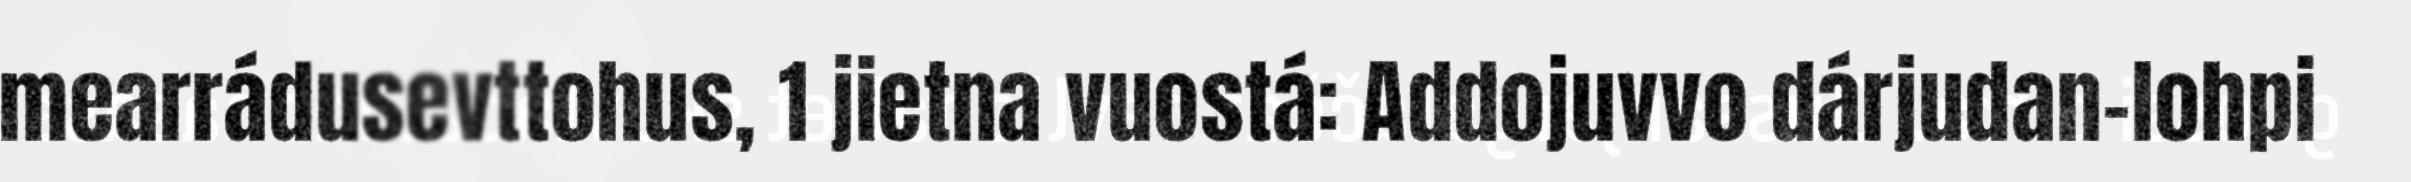
mearrádusevttohus, 1 jietna vuostá: Addojuvvo dárjudan-lohpi